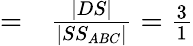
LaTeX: \begin{array}{rl}{=}&{{}{\frac{|DS|}{|SS_{ABC}|}}={\frac{3}{1}}}\end{array}